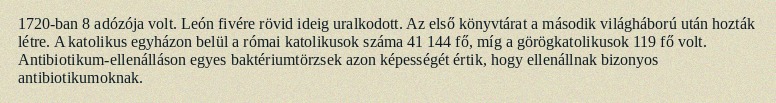
1720-ban 8 adózója volt. León fivére rövid ideig uralkodott. Az első könyvtárat a második világháború után hozták létre. A katolikus egyházon belül a római katolikusok száma 41 144 fő, míg a görögkatolikusok 119 fő volt. Antibiotikum-ellenálláson egyes baktériumtörzsek azon képességét értik, hogy ellenállnak bizonyos antibiotikumoknak.